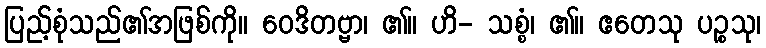
ပြည့်စုံသည်၏အဖြစ်ကို။ ဝေဒိတဗ္ဗာ၊ ၏။ ဟိ- သစ္စံ၊ ၏။ ဧတေသု ပဉ္စသု၊